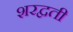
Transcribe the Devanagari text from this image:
शरद्वती